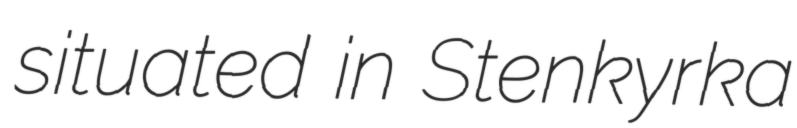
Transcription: situated in Stenkyrka